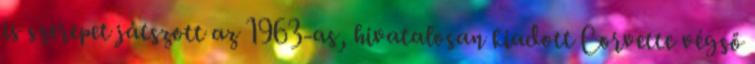
is szerepet játszott az 1963-as, hivatalosan kiadott Corvette végső